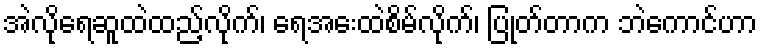
အဲလိုရေဆူထဲထည့်လိုက်၊ ရေအေးထဲစိမ်လိုက်၊ ပြုတ်တာက ဘဲကောင်ဟာ